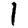
Digit: 1